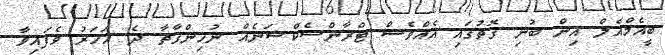
ބީއެމްއެލް އިން ބުނި ގޮތުގައި އެއްވެސް ޓްރާންސެކްޝަނެއް ނުހިންގާތާ ދެ އަހަރު ވެފައިވާ